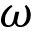
\omega